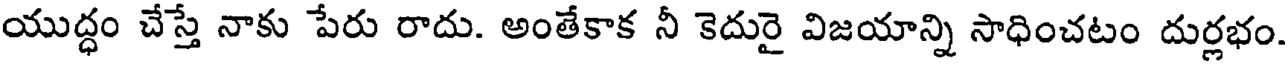
యుద్ధం చేస్తే నాకు పేరు రాదు. అంతేకాక నీ కెదురై విజయాన్ని సాధించటం దుర్లభం.